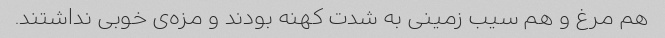
هم مرغ و هم سیب زمینی به شدت کهنه بودند و مزه‌ی خوبی نداشتند.